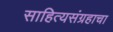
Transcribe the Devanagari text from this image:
साहित्यसंग्रहाचा